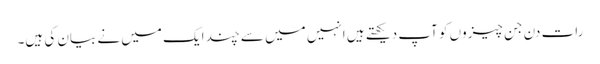
رات دن جن چیزوں کو آپ دیکھتے ہیں انہیں میں سے چند ایک میں نے بیان کی ہیں۔